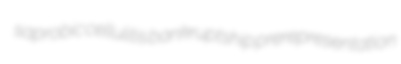
saprobic cellulitis bankruptship prerepresentation